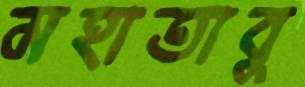
মহাতাবু